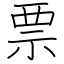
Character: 票